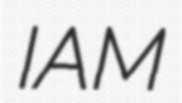
IAM